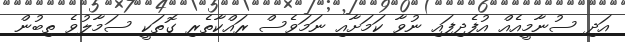
އަދި ސުނާމީއެއް އުފެދިފައި ނުވާ ކަމަށާއި ނަމަވެސް ރައްކާތެރި ގޮތަކީ ސަމާލުވެ ތިބުން